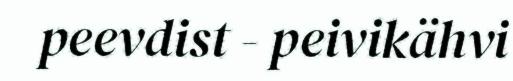
peevdist - peivikähvi